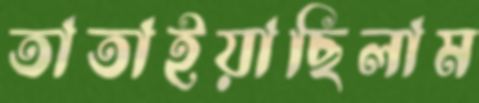
তাতাইয়াছিলাম